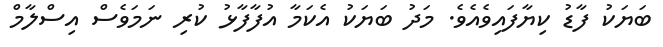
ބަޔަކު ފާޑު ކިޔާފައިވެއެވެ. މަދު ބަޔަކު އެކަމާ އުފާފާޅު ކުރި ނަމަވެސް އިސްލާމް